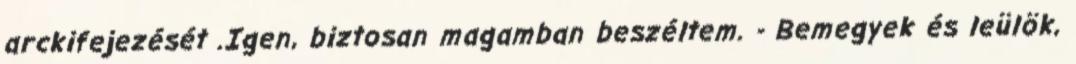
arckifejezését .Igen, biztosan magamban beszéltem. - Bemegyek és leülök,